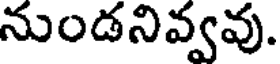
నుండనివ్వవు.